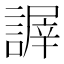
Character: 謘